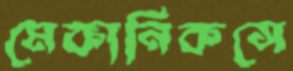
মেকানিকসে